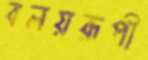
বলয়রূপী